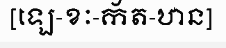
[ឡេ-ខៈ-ក័ត-ឋាន]